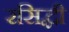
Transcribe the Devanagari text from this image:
रसिद्धी